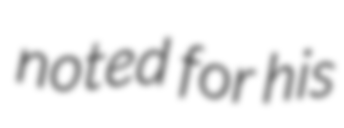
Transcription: noted for his